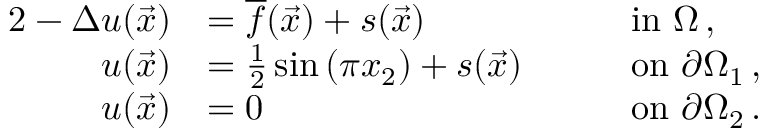
\begin{array} { r l r l } { { 2 } - \Delta u ( \vec { x } ) } & { = \overline { { f } } ( \vec { x } ) + s ( \vec { x } ) \quad } & & { \mathrm { i n ~ } \Omega \, , } \\ { u ( \vec { x } ) } & { = \frac { 1 } { 2 } \sin \left( \pi x _ { 2 } \right) + s ( \vec { x } ) \quad } & & { \mathrm { o n ~ } \partial \Omega _ { 1 } \, , } \\ { u ( \vec { x } ) } & { = 0 \quad } & & { \mathrm { o n ~ } \partial \Omega _ { 2 } \, . } \end{array}